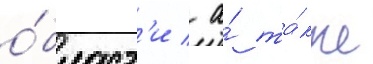
о́бласт'и / а́ та́кже